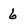
Character: 6